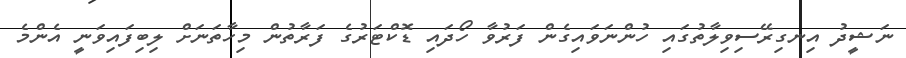
ނަޝީދު އިނގިރޭސިވިލާތުގައި ހުންނަވައިގެން ފަރުވާ ހޯދައި ޑޮކްޓަރުގެ ފަރާތުން މިހާތަނަށް ލިބިފައިވަނީ އެންމެ